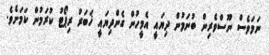
ނަމަވެސް ނޫސްވެރިން ބުނަމުން ދިޔައީ އެމީހުން ގެންދިޔައީ ޚަބަރު ރިޕޯޓު ކުރަމުން ކަމަށެވެ.